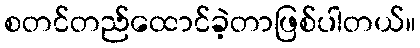
စတင်တည်ထောင်ခဲ့တာဖြစ်ပါတယ်။